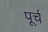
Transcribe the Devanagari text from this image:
पूर्च